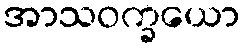
အာသဝက္ခယော